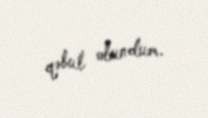
qəbul olundum.